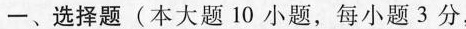
-、选择题(本大题10小题，每小题3分，